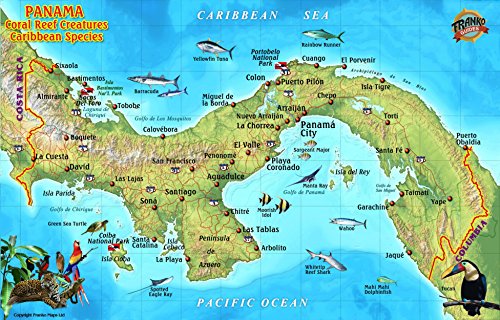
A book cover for Panama Caribbean Coral Reef Creatures Guide Franko Maps Laminated Fish Card; Franko Maps Ltd.; Travel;